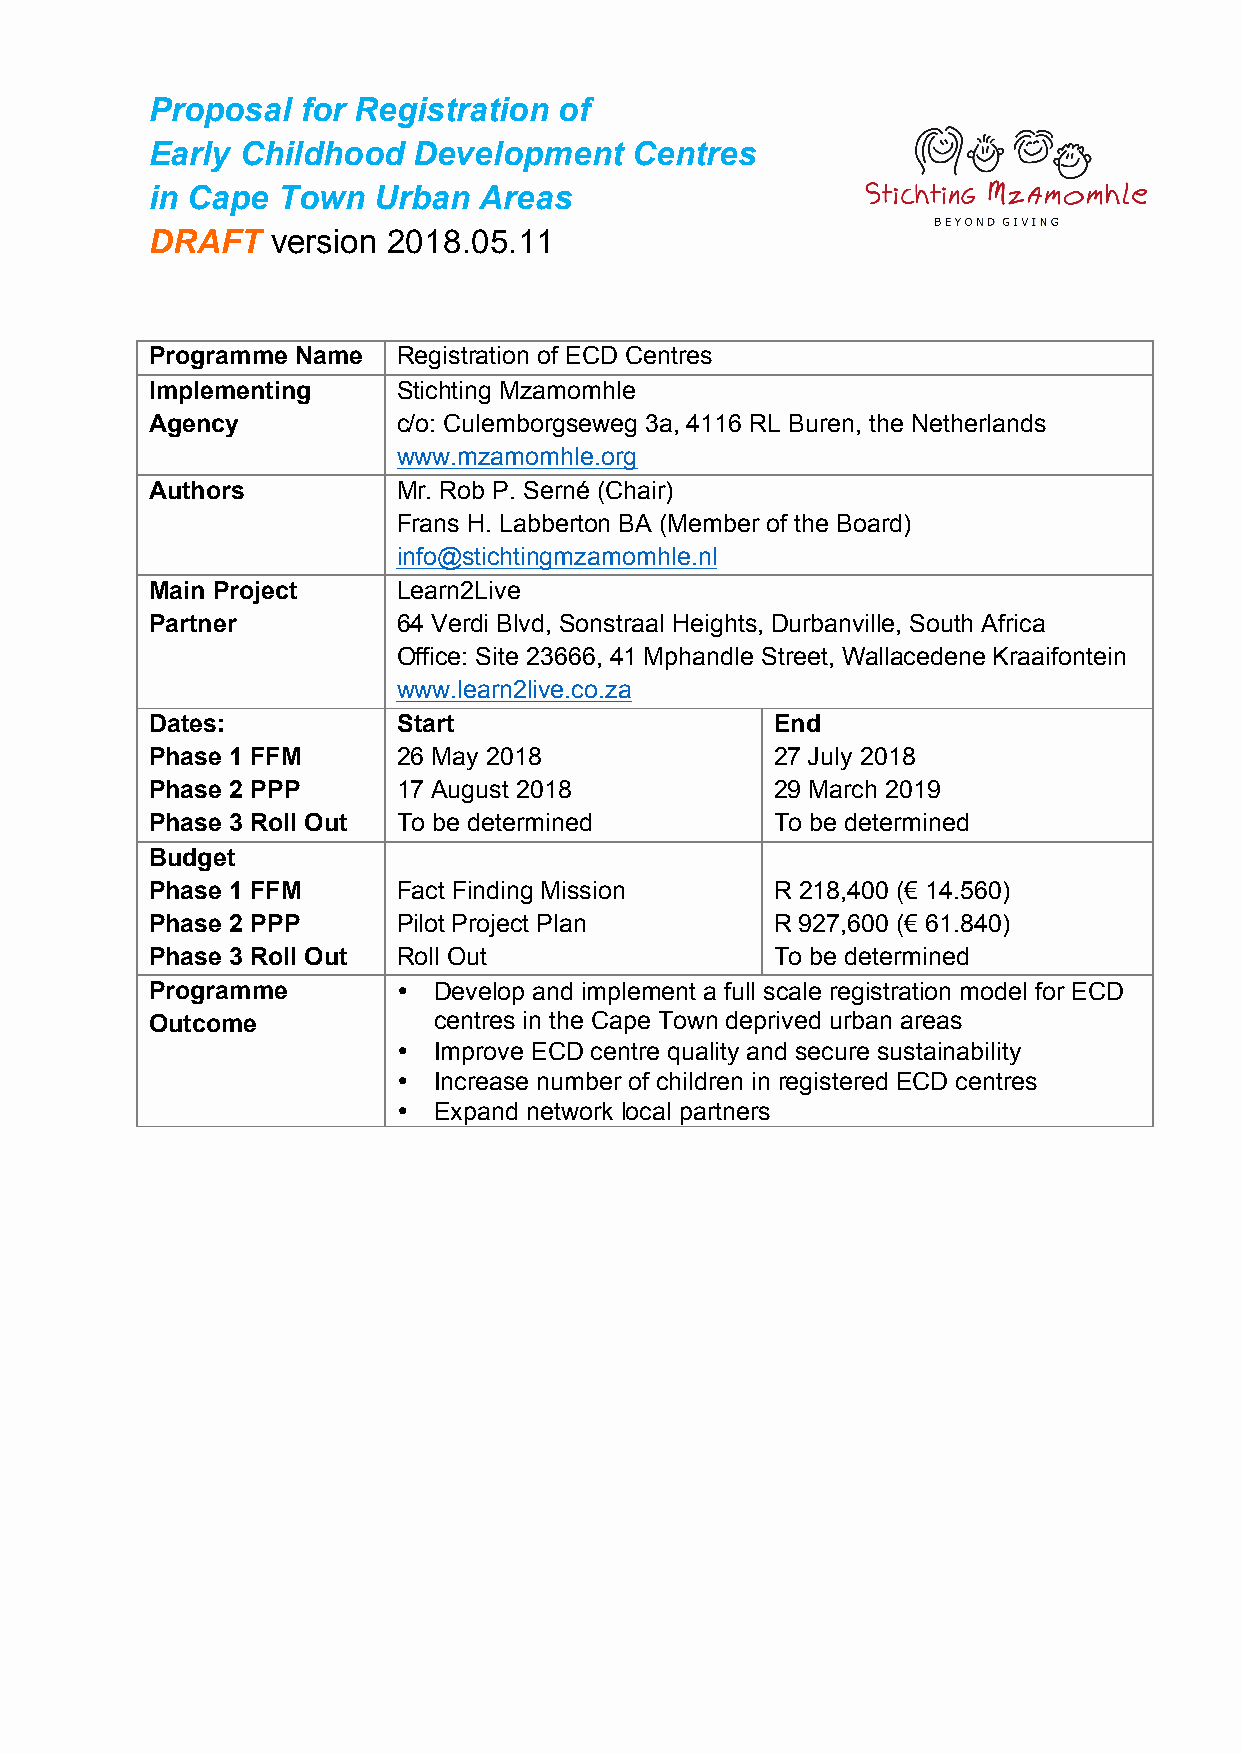
Proposal  for Registration of
 Early Childhood  Development    Centres
 in Cape Town   Urban  Areas
 DRAFT   version 2018.05.11
 Programme Name  Registration of ECD Centres
 Implementing    Stichting Mzamomhle
 Agency          c/o: Culemborgseweg 3a, 4116 RL Buren, the Netherlands
 www.mzamomhle.org
 Authors         Mr. Rob P. Serné (Chair)
 Frans H. Labberton BA (Member of the Board)
 info@stichtingmzamomhle.nl
 Main Project    Learn2Live
 Partner         64 Verdi Blvd, Sonstraal Heights, Durbanville, South Africa
 Office: Site 23666, 41 Mphandle Street, Wallacedene Kraaifontein
 www.learn2live.co.za
 Dates:          Start                    End
 Phase 1 FFM     26 May 2018              27 July 2018
 Phase 2 PPP     17 August 2018           29 March 2019
 Phase 3 Roll Out To be determined        To be determined
 Budget
 Phase 1 FFM     Fact Finding Mission     R 218,400 (€ 14.560)
 Phase 2 PPP     Pilot Project Plan       R 927,600 (€ 61.840)
 Phase 3 Roll Out Roll Out                To be determined
 Programme       •  Develop and implement a full scale registration model for ECD
 Outcome            centres in the Cape Town deprived urban areas
 •  Improve ECD centre quality and secure sustainability
 •  Increase number of children in registered ECD centres
 •  Expand network local partners